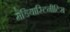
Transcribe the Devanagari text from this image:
मेडियास्टिनीटिस